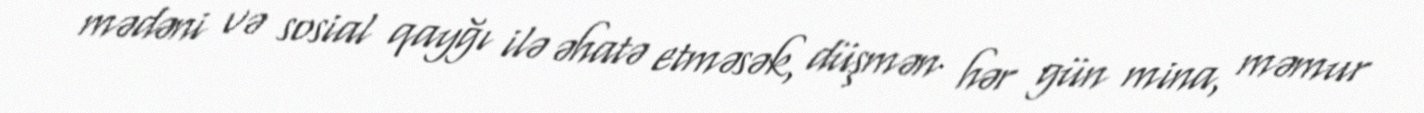
mədəni və sosial qayğı ilə əhatə etməsək, düşmən hər gün mina, məmur